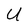
Character: U